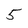
Character: 5